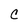
Character: C